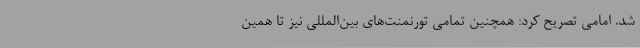
شد. امامی تصریح کرد: همچنین تمامی تورنمنت‌های بین‌المللی نیز تا همین